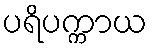
ပရိပက္ကာယ